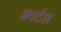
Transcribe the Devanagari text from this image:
क्वार्टल